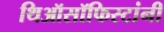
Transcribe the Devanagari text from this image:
थिऑसॉफिस्टांनी